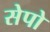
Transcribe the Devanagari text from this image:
सेपो